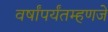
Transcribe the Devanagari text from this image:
वर्षांपर्यंतम्हणजे